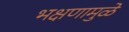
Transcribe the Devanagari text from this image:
भक्षणामुळे